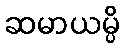
ဆမာယမ္ပိ